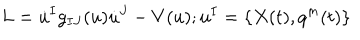
L = \dot { u } ^ { I } g _ { I J } ( u ) \dot { u } ^ { J } - V ( u ) ; u ^ { I } = \{ X ( t ) , q ^ { m } ( t ) \}